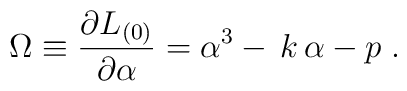
\Omega \equiv \frac{\partial L_{(0)}}{\partial \alpha }=\alpha^3-\,k\,\alpha -p\;.